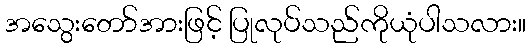
အသွေးတော်အားဖြင့် ပြုလုပ်သည်ကိုယုံပါသလား။